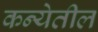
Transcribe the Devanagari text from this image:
कन्येतील